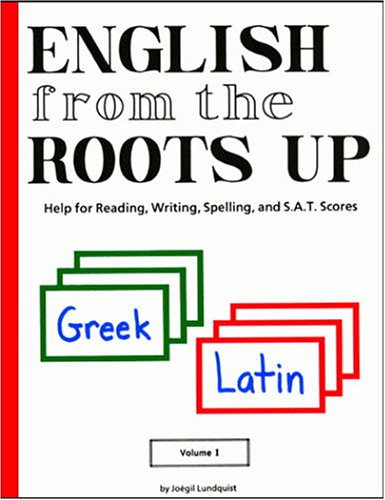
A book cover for English from the Roots Up, Vol. 1: Help for Reading, Writing, Spelling, and S.A.T. Scores; Joegil K. Lundquist; Reference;